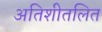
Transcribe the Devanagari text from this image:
अतिशीतलित